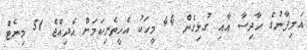
އަލިފާނުގެ ހާދިސާ އާއި ގުޅިގެން 44 މީހަކު އެހީތެރިކަމަށް އެދިއްޖެ 51 މިނެޓް